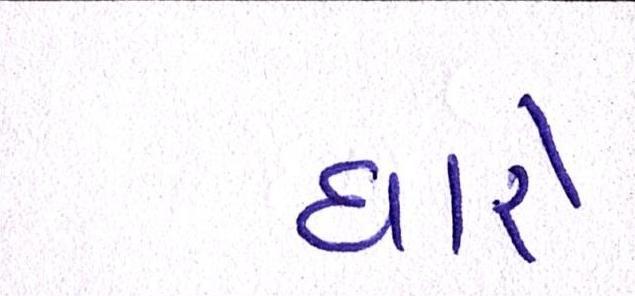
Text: ધારે